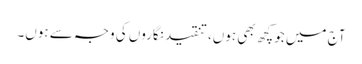
آج میں جو کچھ بھی ہوں، تنقید نگاروں کی وجہ سے ہوں۔